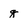
Character: q